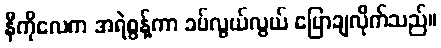
နီကိုလေက အရဲစွန့်ကာ ခပ်လွယ်လွယ် ပြောချလိုက်သည်။